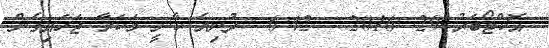
އޮކްޓޯބަރު 29